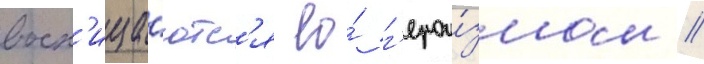
восх'ища́ютс'я ео́ г'ерои́змом //